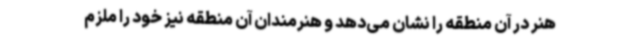
هنر در آن منطقه را نشان می‌دهد و هنرمندان آن منطقه نیز خود را ملزم